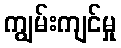
ကျွမ်းကျင်မှု